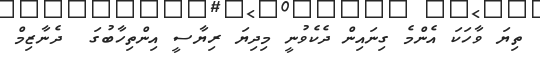
ތިޔަ ވާހަކަ އެންމެ ގިނައިން ދެކެވުނީ މިދިޔަ ރިޔާސީ އިންތިހާބުގަ  ދެނާޒިމް